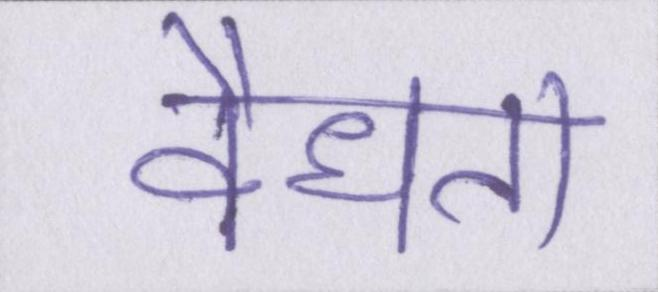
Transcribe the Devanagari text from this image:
वैधता